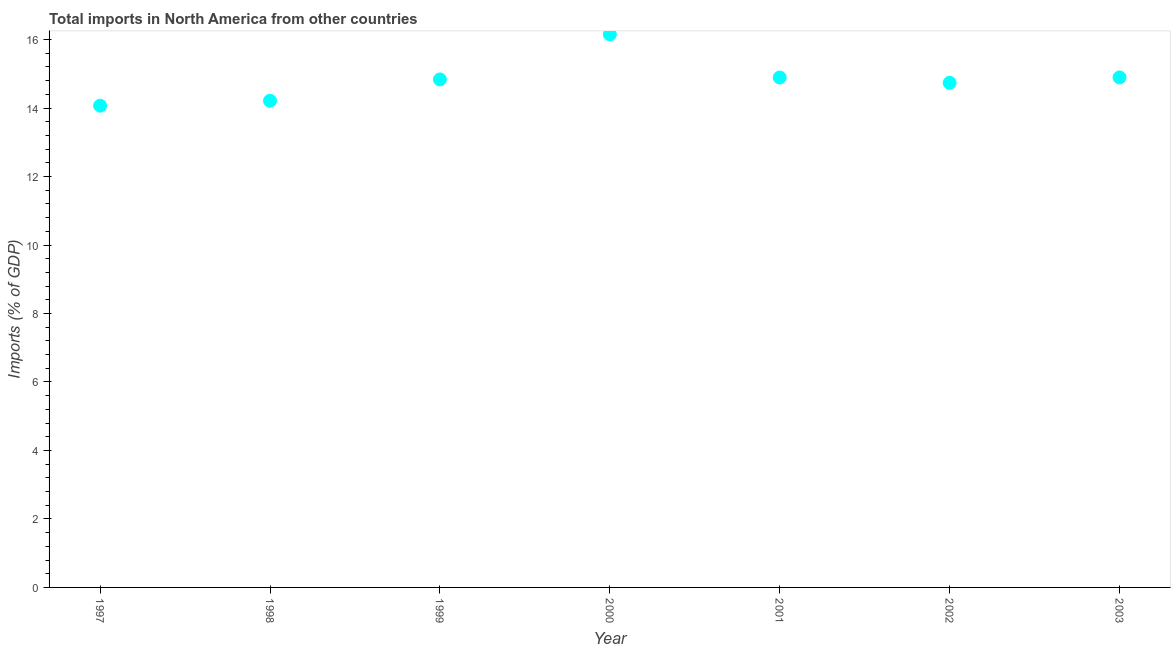
| Year | Imports |
 | --- | --- |
 | 1997 | 14.1 |
 | 1998 | 14.2 |
 | 1999 | 14.8 |
 | 2000 | 16.2 |
 | 2001 | 14.9 |
 | 2002 | 14.7 |
 | 2003 | 14.9 |